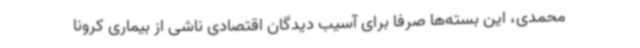
محمدی، این بسته‌ها صرفا برای آسیب دیدگان اقتصادی ناشی از بیماری کرونا